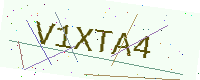
Text: V1XTA4